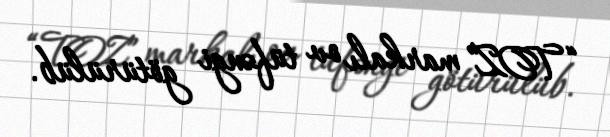
“TOZ” markalı ov tüfəngi götürülüb.